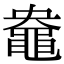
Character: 𪓛